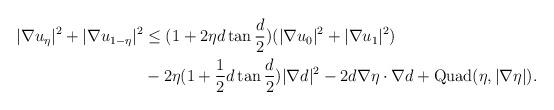
LaTeX: \begin{align*} |\nabla u_\eta|^2 + |\nabla u_{1-\eta}|^2 &\le (1+ 2 \eta d \tan \frac{d}{2}) (|\nabla u_0|^2 + | \nabla u_1|^2)\\&- 2\eta (1+\frac{1}{2} d \tan \frac{d}{2} ) | \nabla d|^2 -2 d \nabla \eta \cdot \nabla d + \textup{Quad} (\eta, |\nabla \eta|). \end{align*}